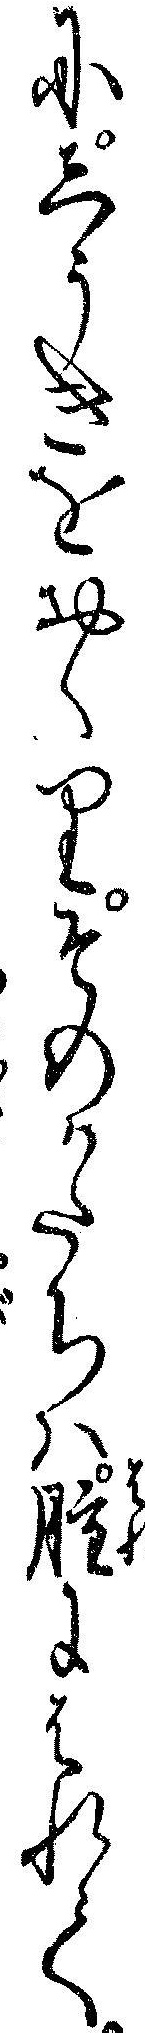
にしうきをおくりそのかたちハ腫にはれて